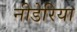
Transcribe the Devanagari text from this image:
नीडेरिया